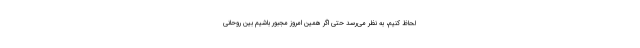
لحاظ کنیم، به نظر می‌رسد حتی اگر همین امروز مجبور باشیم بین روحانی